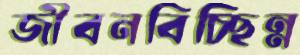
জীবনবিচ্ছিন্ন